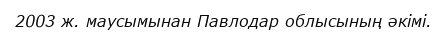
2003 ж. маусымынан Павлодар облысының әкімі.